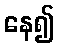
နေ၍